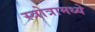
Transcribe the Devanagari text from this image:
स्त्रोत्रामध्ये